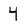
Character: 4